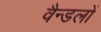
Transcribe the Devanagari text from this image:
वैन्डलों